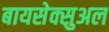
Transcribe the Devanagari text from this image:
बायसेक्सुअल